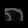
Digit: ၈